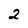
Character: 2